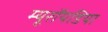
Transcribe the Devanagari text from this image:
म्यूरॉयडिया